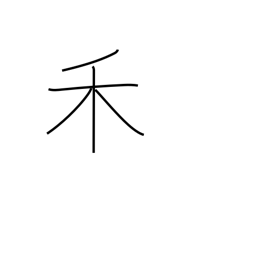
Meaning: two-branch tree radical (no. 115)